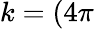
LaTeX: k=(4\pi